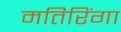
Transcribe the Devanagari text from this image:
मतिरिंगा